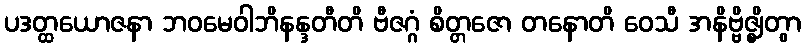
ပဒတ္ထယောဇနာ ဘဝမေဝါဘိနန္ဒတီတိ ဗီဇဂ္ဂံ စိတ္တဇော တနောတိ ဝေသီ အနိဗ္ဗိဇ္ဈိတွာ